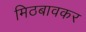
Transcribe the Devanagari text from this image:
मिठबावकर